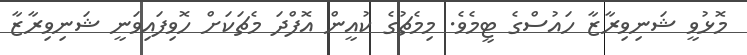
މޮޅުވީ ޝަނިވިރާޒާ ހައުސްގެ ޓީމެވެ. މިމެޗުގެ ކުއީން އޮފްދަ މެޗަކަށް ހޮވިފައިވަނީ ޝަނިވިރާޒާ